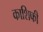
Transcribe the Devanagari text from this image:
काशिफी